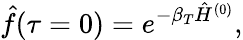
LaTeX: \hat{f}(\tau=0)=e^{-\beta_{T}\hat{H}^{(0)}},